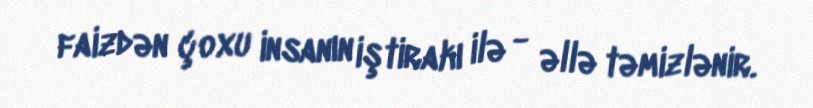
faizdən çoxu insanın iştirakı ilə - əllə təmizlənir.